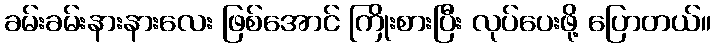
ခမ်းခမ်းနားနားလေး ဖြစ်အောင် ကြိုးစားပြီး လုပ်ပေးဖို့ ပြောတယ်။